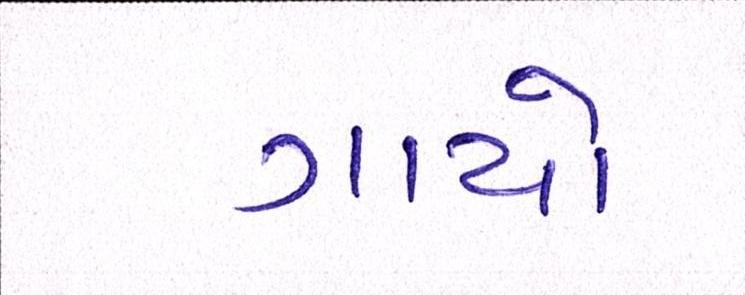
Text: ગાયો